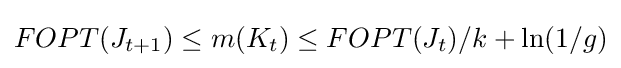
FOPT(J_{t+1})\leq m(K_{t})\leq FOPT(J_{t})/k+\ln(1/g)